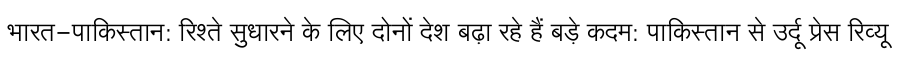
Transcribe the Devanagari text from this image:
भारत-पाकिस्तान: रिश्ते सुधारने के लिए दोनों देश बढ़ा रहे हैं बड़े कदम: पाकिस्तान से उर्दू प्रेस रिव्यू